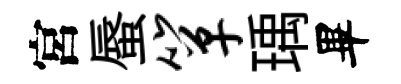
宮蜃箪瑀畢